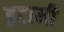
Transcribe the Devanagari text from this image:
इटामी